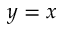
y = x